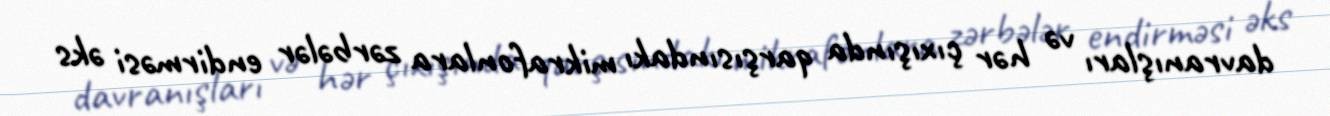
davranışları və hər çıxışında qarşısındakı mikrafonlara zərbələr endirməsi əks